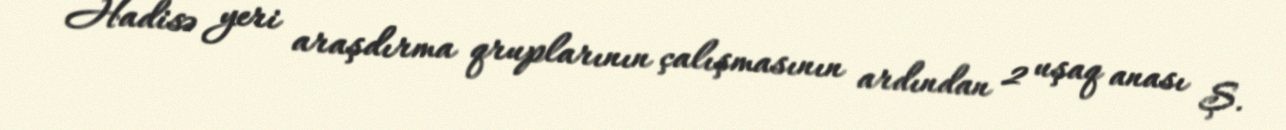
Hadisə yeri araşdırma qruplarının çalışmasının ardından 2 uşaq anası Ş.